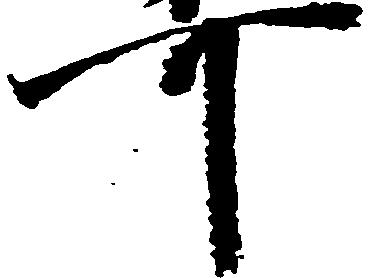
可